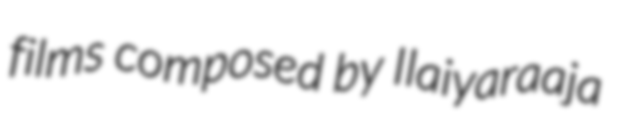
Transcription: films composed by Ilaiyaraaja